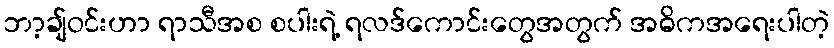
ဘာ့ချ်ဝင်းဟာ ရာသီအစ စပါးရဲ့ ရလဒ်ကောင်းတွေအတွက် အဓိကအရေးပါတဲ့